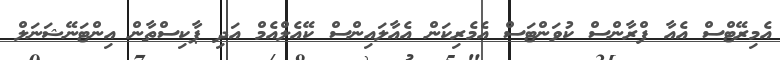
އެމިރޭޓްސް އެއާ ފްރާންސް ކުވަންޓަސް އެމެރިކަން އެއާލައިންސް ކޭއެލްއެމް އަދި ޕާކިސްތާން އިންޓަނޭޝަނަލް